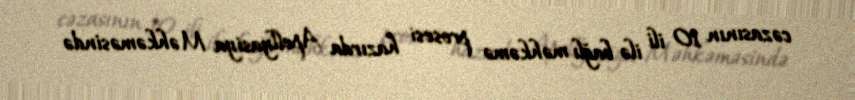
cəzasının 10 ili ilə bağlı məhkəmə prosesi hazırda Apellyasiya Məhkəməsində